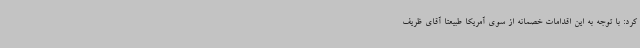
کرد: با توجه به این اقدامات خصمانه از سوی آمریکا طبیعتا آقای ظریف